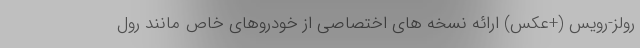
رولز-رویس (+عکس) ارائه نسخه های اختصاصی از خودروهای خاص مانند رول